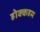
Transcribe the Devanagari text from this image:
होक्कहम